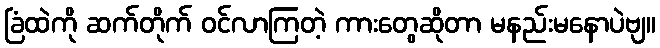
ခြံထဲကို ဆက်တိုက် ဝင်လာကြတဲ့ ကားတွေဆိုတာ မနည်းမနောပဲဗျ။